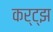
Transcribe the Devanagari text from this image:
कर्ट्झ